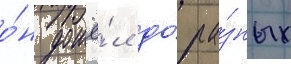
о́н дошё́л до́ ра́зных